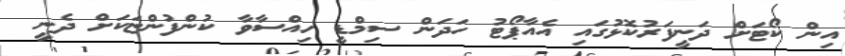
އިން ކޯޓަށް ދަނީފަރުކޮޅުގައި އެއާޕޯޓު ހަދަން ސިމްޑީ ހިއްސާވާ ކުންފުންޏަކަށް ދެނީ